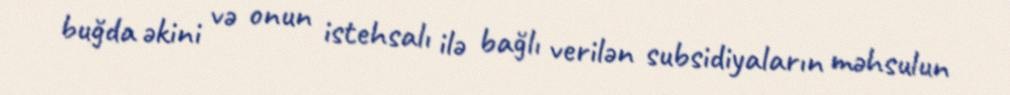
buğda əkini və onun istehsalı ilə bağlı verilən subsidiyaların məhsulun